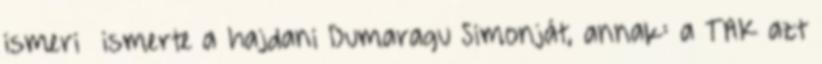
ismeri ismerte a hajdani Dumaragu Simonját, annak: a TAK azt